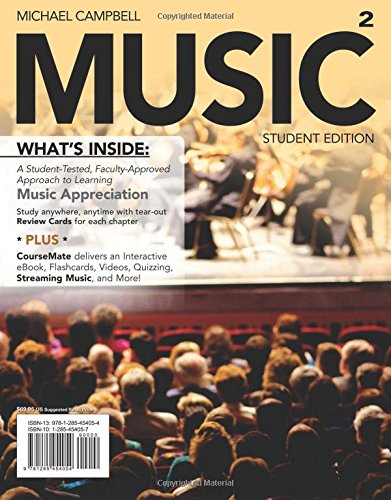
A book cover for MUSIC 2 (with CourseMate Printed Access Card) (New, Engaging Titles from 4LTR Press); Michael Campbell; Arts & Photography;